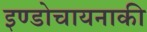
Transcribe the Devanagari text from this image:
इण्डोचायनाकी